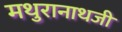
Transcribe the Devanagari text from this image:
मथुरानाथजी